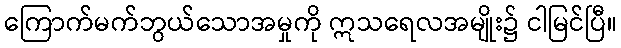
ကြောက်မက်ဘွယ်သောအမှုကို ဣသရေလအမျိုး၌ ငါမြင်ပြီ။